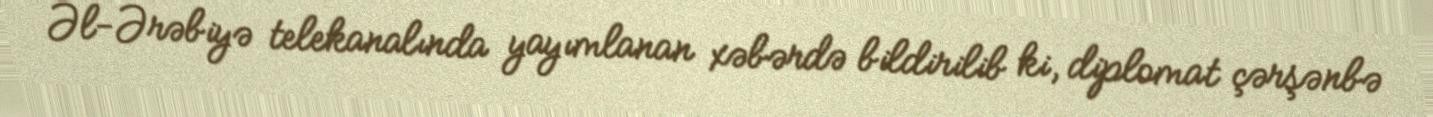
Əl-Ərəbiyə telekanalında yayımlanan xəbərdə bildirilib ki, diplomat çərşənbə